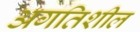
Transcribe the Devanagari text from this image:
अगतिशील